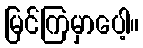
မြင်ကြမှာပေါ့။